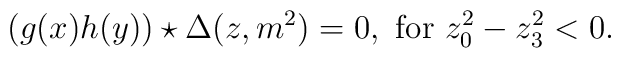
(g(x)h(y))\star \Delta(z,m^2)=0, ~{\rm for}~z_0^2-z_3^2<0.